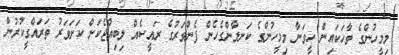
މިމީހުންގެ ވާހަކައިން ހީވަނާ މިމީހުންގެ ކަނލާންގެހެން ފެންވަރުގެ ރައީސެއް ލިބިއްޖެކަން ކަށަވަރު ތަރައްގީކުރުން